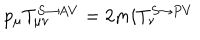
p _ { \mu } T _ { \mu \nu } ^ { S \rightarrow A V } = 2 m i T _ { \nu } ^ { S \rightarrow P V }